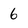
Character: 6